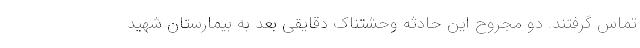
تماس گرفتند. دو مجروح این حادثه وحشتناک دقایقی بعد به بیمارستان شهید